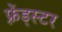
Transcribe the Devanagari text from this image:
फ़्रेंड्स्टर